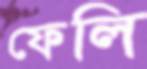
ফেলি